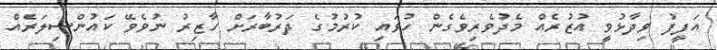
އަފީފު ވިދާޅުވީ އުޒުރެއް މެދުވެރިވެގެން ހުވައި ކުރުމުގެ ދަރުބާރަށް ހާޒިރު ނުވެވޭ ކައުންސިލަރެއް